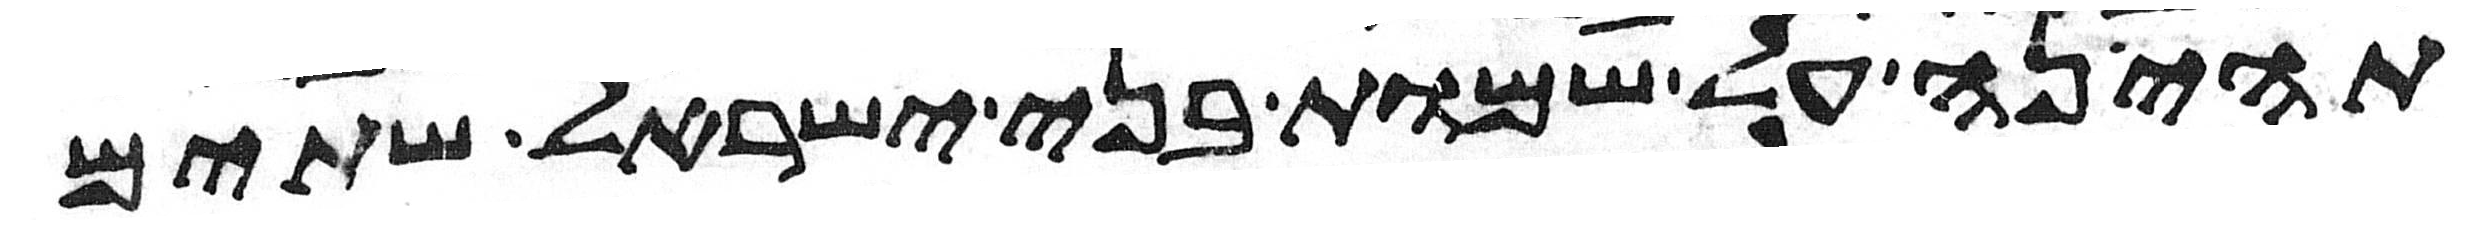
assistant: תהיינה על שמות בני ישראל שתים